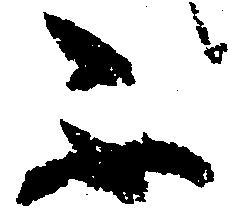
不